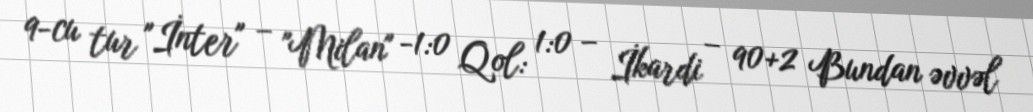
9-cu tur "İnter" – "Milan" -1:0 Qol: 1:0 – İkardi – 90+2 Bundan əvvəl